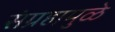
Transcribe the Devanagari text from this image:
संग्रहामुळे